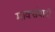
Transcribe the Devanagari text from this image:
मार्क्सवादी